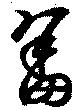
畭